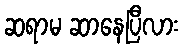
ဆရာမ ဆာနေပြီလား